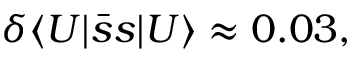
\delta \langle U | \bar { s } s | U \rangle \approx 0 . 0 3 ,